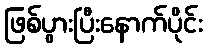
ဖြစ်ပွားပြီးနောက်ပိုင်း